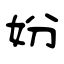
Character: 妢